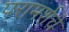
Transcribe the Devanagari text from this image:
परामर्शचे